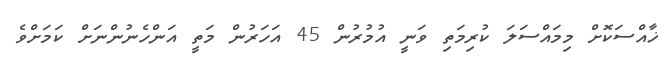
ޚާއްސަކޮށް މިމައްސަލަ ކުރިމަތި ވަނީ އުމުރުން 45 އަހަރުން މަތީ އަންހެނުންނަށް ކަމަށްވެ